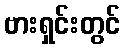
ဗားရှင်းတွင်